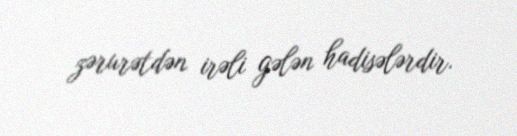
zərurətdən irəli gələn hadisələrdir.